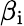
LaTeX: \beta_{\mathrm{i}}